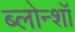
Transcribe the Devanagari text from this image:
ब्लोन्शॉ